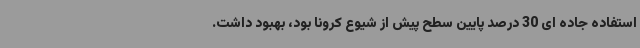
استفاده جاده ای 30 درصد پایین سطح پیش از شیوع کرونا بود، بهبود داشت.